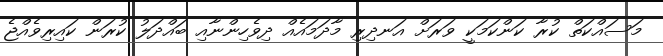
މަސައްކަތް ކުރާ ކަންކަމަކީ ވަރަށް އަނދިރި މާދަމައެއް ދިވެހިންނާއި ބައްދަލު ކުރަން ކައިރިވެއްޖެ